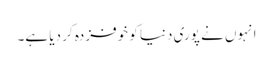
انہوں نے پوری دنیا کو خوفزدہ کر دیا ہے۔